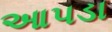
આપડા